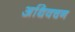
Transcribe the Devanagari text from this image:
अधिवचन